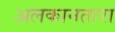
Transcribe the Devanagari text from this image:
अलकानतारा